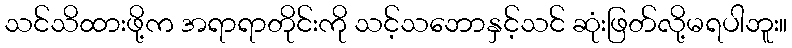
သင်သိထားဖို့က အရာရာတိုင်းကို သင့်သဘောနှင့်သင် ဆုံးဖြတ်လို့မရပါဘူး။